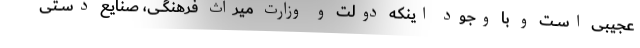
عجیبی اســت و با وجود اینکه دولت و وزارت میراث فرهنگــی، صنایع دســتی